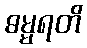
ဓမ္မရတိ